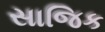
સાજિક